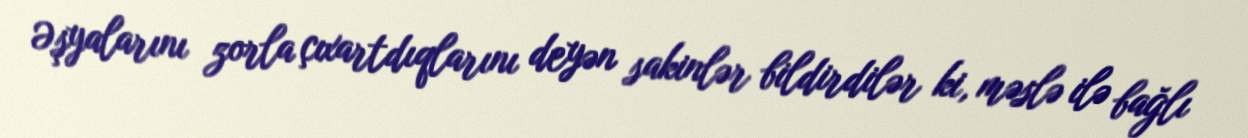
Əşyalarını zorla çıxartdıqlarını deyən sakinlər bildirdilər ki, məslə ilə bağlı